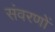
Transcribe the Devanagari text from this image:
संवरणों